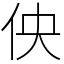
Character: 佒